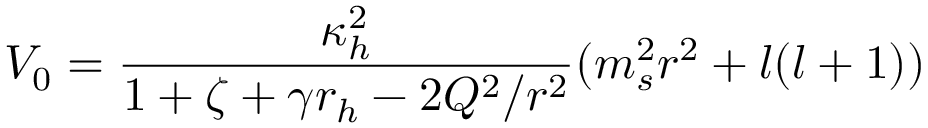
V _ { 0 } = \frac { \kappa _ { h } ^ { 2 } } { 1 + \zeta + \gamma r _ { h } - 2 Q ^ { 2 } / r ^ { 2 } } ( m _ { s } ^ { 2 } r ^ { 2 } + l ( l + 1 ) )